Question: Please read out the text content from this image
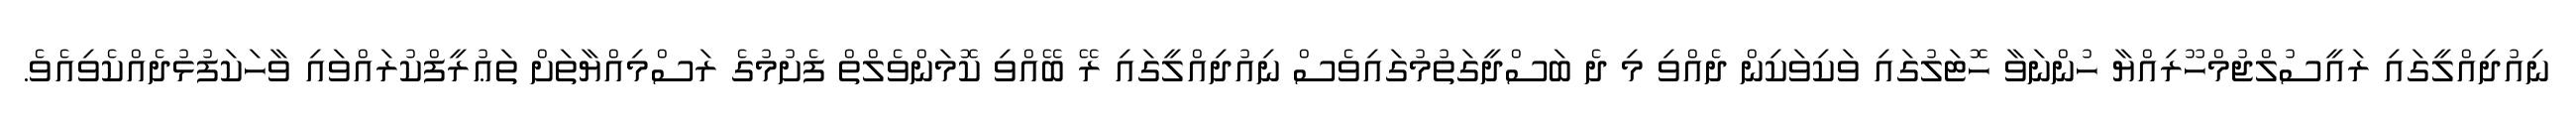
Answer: ނިއުދިއްލީގައި ރައީސުލްޖުމްހޫރިއްޔާ ހުންނަވާ ހޮޓަލުގައި ވަކިވަކިން ދެއްވި މި ދެ ބަސްދީގަތުމުގައިވެސް ނިއުދިއްލީގައި ރޭ ބޭއްވި ކޮމަންވެލްތް ފެށުމުގެ ރަސްމިއްޔާތަށް ތަޢުރީފްކުރައްވައި ވާހަކަފުޅުދެއްކެވިއެވެ.